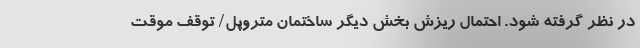
در نظر گرفته شود. احتمال ریزش بخش دیگر ساختمان متروپل/ توقف موقت